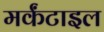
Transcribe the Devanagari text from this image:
मर्कंटाइल